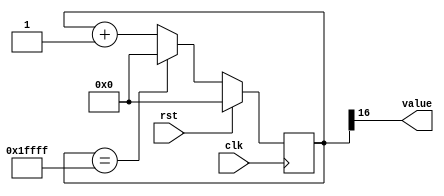
/*
   This file was generated automatically by Alchitry Labs version 1.2.1.
   Do not edit this file directly. Instead edit the original Lucid source.
   This is a temporary file and any changes made to it will be destroyed.
*/

/*
   Parameters:
     SIZE = DIGIT_BITS
     DIV = DIV
     TOP = DIGITS-1
     UP = 1
*/
module counter_13 (
    input clk,
    input rst,
    output reg [0:0] value
  );
  
  localparam SIZE = 1'h1;
  localparam DIV = 5'h10;
  localparam TOP = 3'h1;
  localparam UP = 1'h1;
  
  
  reg [16:0] M_ctr_d, M_ctr_q = 1'h0;
  
  localparam MAX_VALUE = 19'h1ffff;
  
  always @* begin
    M_ctr_d = M_ctr_q;
    
    value = M_ctr_q[16+0-:1];
    if (1'h1) begin
      M_ctr_d = M_ctr_q + 1'h1;
      if (1'h1 && M_ctr_q == 19'h1ffff) begin
        M_ctr_d = 1'h0;
      end
    end else begin
      M_ctr_d = M_ctr_q - 1'h1;
      if (1'h1 && M_ctr_q == 1'h0) begin
        M_ctr_d = 19'h1ffff;
      end
    end
  end
  
  always @(posedge clk) begin
    if (rst == 1'b1) begin
      M_ctr_q <= 1'h0;
    end else begin
      M_ctr_q <= M_ctr_d;
    end
  end
  
endmodule